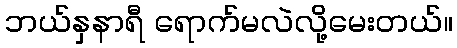
ဘယ်နှနာရီ ရောက်မလဲလို့မေးတယ်။